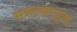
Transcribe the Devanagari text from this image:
समल्फाइड